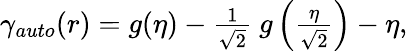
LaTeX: \begin{array}{r}{\gamma_{auto}(r)=g(\eta)-\frac{1}{\sqrt{2}}~g\left(\frac{\eta}{\sqrt{2}}\right)-\eta,}\end{array}